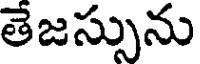
తెజస్సును